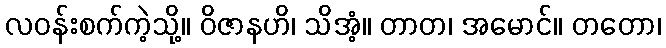
လဝန်းစက်ကဲ့သို့။ ဝိဇာနဟိ၊ သိအံ့။ တာတ၊ အမောင်။ တတော၊